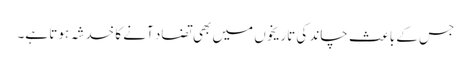
جس کے باعث چاند کی تاریخوں میں بھی تضاد آنے کا خدشہ ہوتا ہے۔